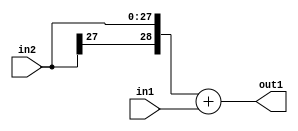
`timescale 1ps / 1ps
/*****************************************************************************
    Verilog RTL Description
    
    
    Created by: Stratus DpOpt 2019.1.01 
*******************************************************************************/

module DC_Filter_Add_28Sx10U_29S_1 (
	in2,
	in1,
	out1
	); /* architecture "behavioural" */ 
input [27:0] in2;
input [9:0] in1;
output [28:0] out1;
wire [28:0] asc001;

assign asc001 = 
	+({in2[27], in2})
	+(in1);

assign out1 = asc001;
endmodule

/* CADENCE  ubL5Tg0= : u9/ySgnWtBlWxVPRXgAZ4Og= ** DO NOT EDIT THIS LINE ******/